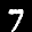
Label: 7